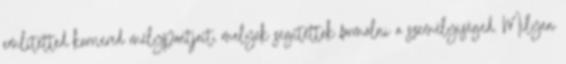
említetted karriered mélypontjait, melyek segítettek formálni a személyiséged. Milyen